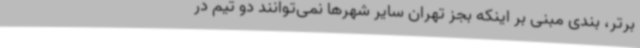
برتر، بندی مبنی بر اینکه بجز تهران سایر شهرها نمی‌توانند دو تیم در